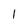
Character: 1